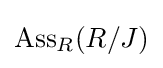
\operatorname {Ass} _{R}(R/J)